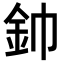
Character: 𮡥